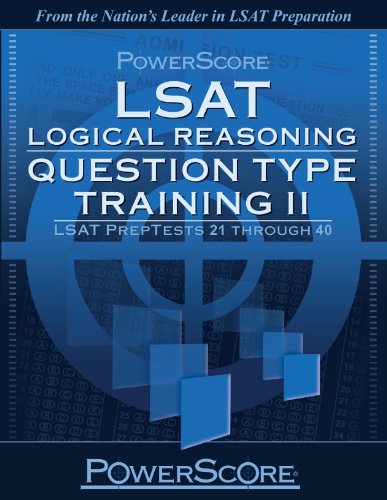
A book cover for PowerScore LSAT Logical Reasoning: Question Type Training Vol. 2; David M. Killoran; Test Preparation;